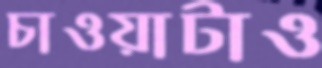
চাওয়াটাও